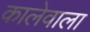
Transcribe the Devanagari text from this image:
कालेवाला